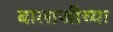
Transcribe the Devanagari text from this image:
बालाजीच्या